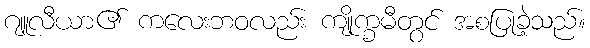
ဂျူလီယာ၏ ကလေးဘဝလည်း ကျိုက္ခမီတွင် အစပြုခဲ့သည်။